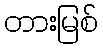
တားမြစ်